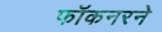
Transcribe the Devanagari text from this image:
फॉकनरने